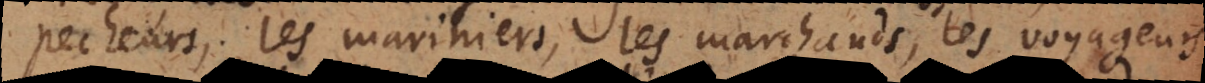
pecheurs, les mariniers, les marchands, les voyageurs